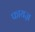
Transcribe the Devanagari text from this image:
फायज़